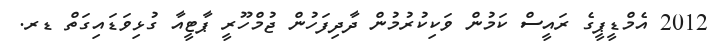
2012 އެމްޑީޕީގެ ރައީސް ކަމުން ވަކިކުރުމުން ދާދިފަހުން ޖުމްހޫރީ ޕާޓީއާ ގުޅިވަޑައިގަތް ޑރ.